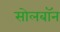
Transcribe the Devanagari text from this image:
सोलबॉन